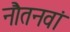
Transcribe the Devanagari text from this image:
नौतनवां